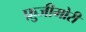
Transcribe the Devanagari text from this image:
फ़ुजीमोरी